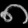
Digit: ၈